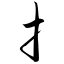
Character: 扌